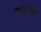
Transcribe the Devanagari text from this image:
समिष्टि